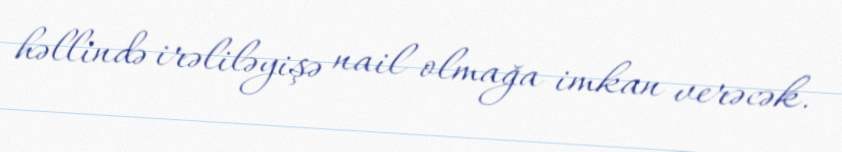
həllində irəliləyişə nail olmağa imkan verəcək.